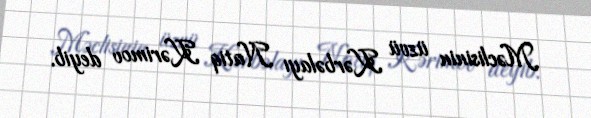
Məclisinin üzvü Kərbəlayı Natiq Kərimov deyib.